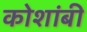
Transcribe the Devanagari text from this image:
कोशांबी